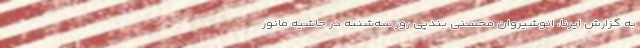
به گزارش ایرنا، انوشیروان محسنی بندپی روز سه‌شنبه در حاشیه مانور